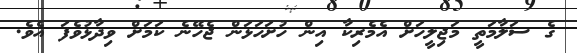
ގެ ސަލާމަތީ މަޖިލީހަށް އެމެރިކާ އިން ހުށަހަޅަން ޖެހޭނެ ކަމަށް ވިދާޅުވެފަ އެވެ.